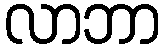
လာဘာ